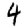
Digit: 4